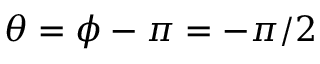
\theta = \phi - \pi = - \pi / 2